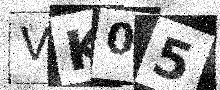
Text: VK05